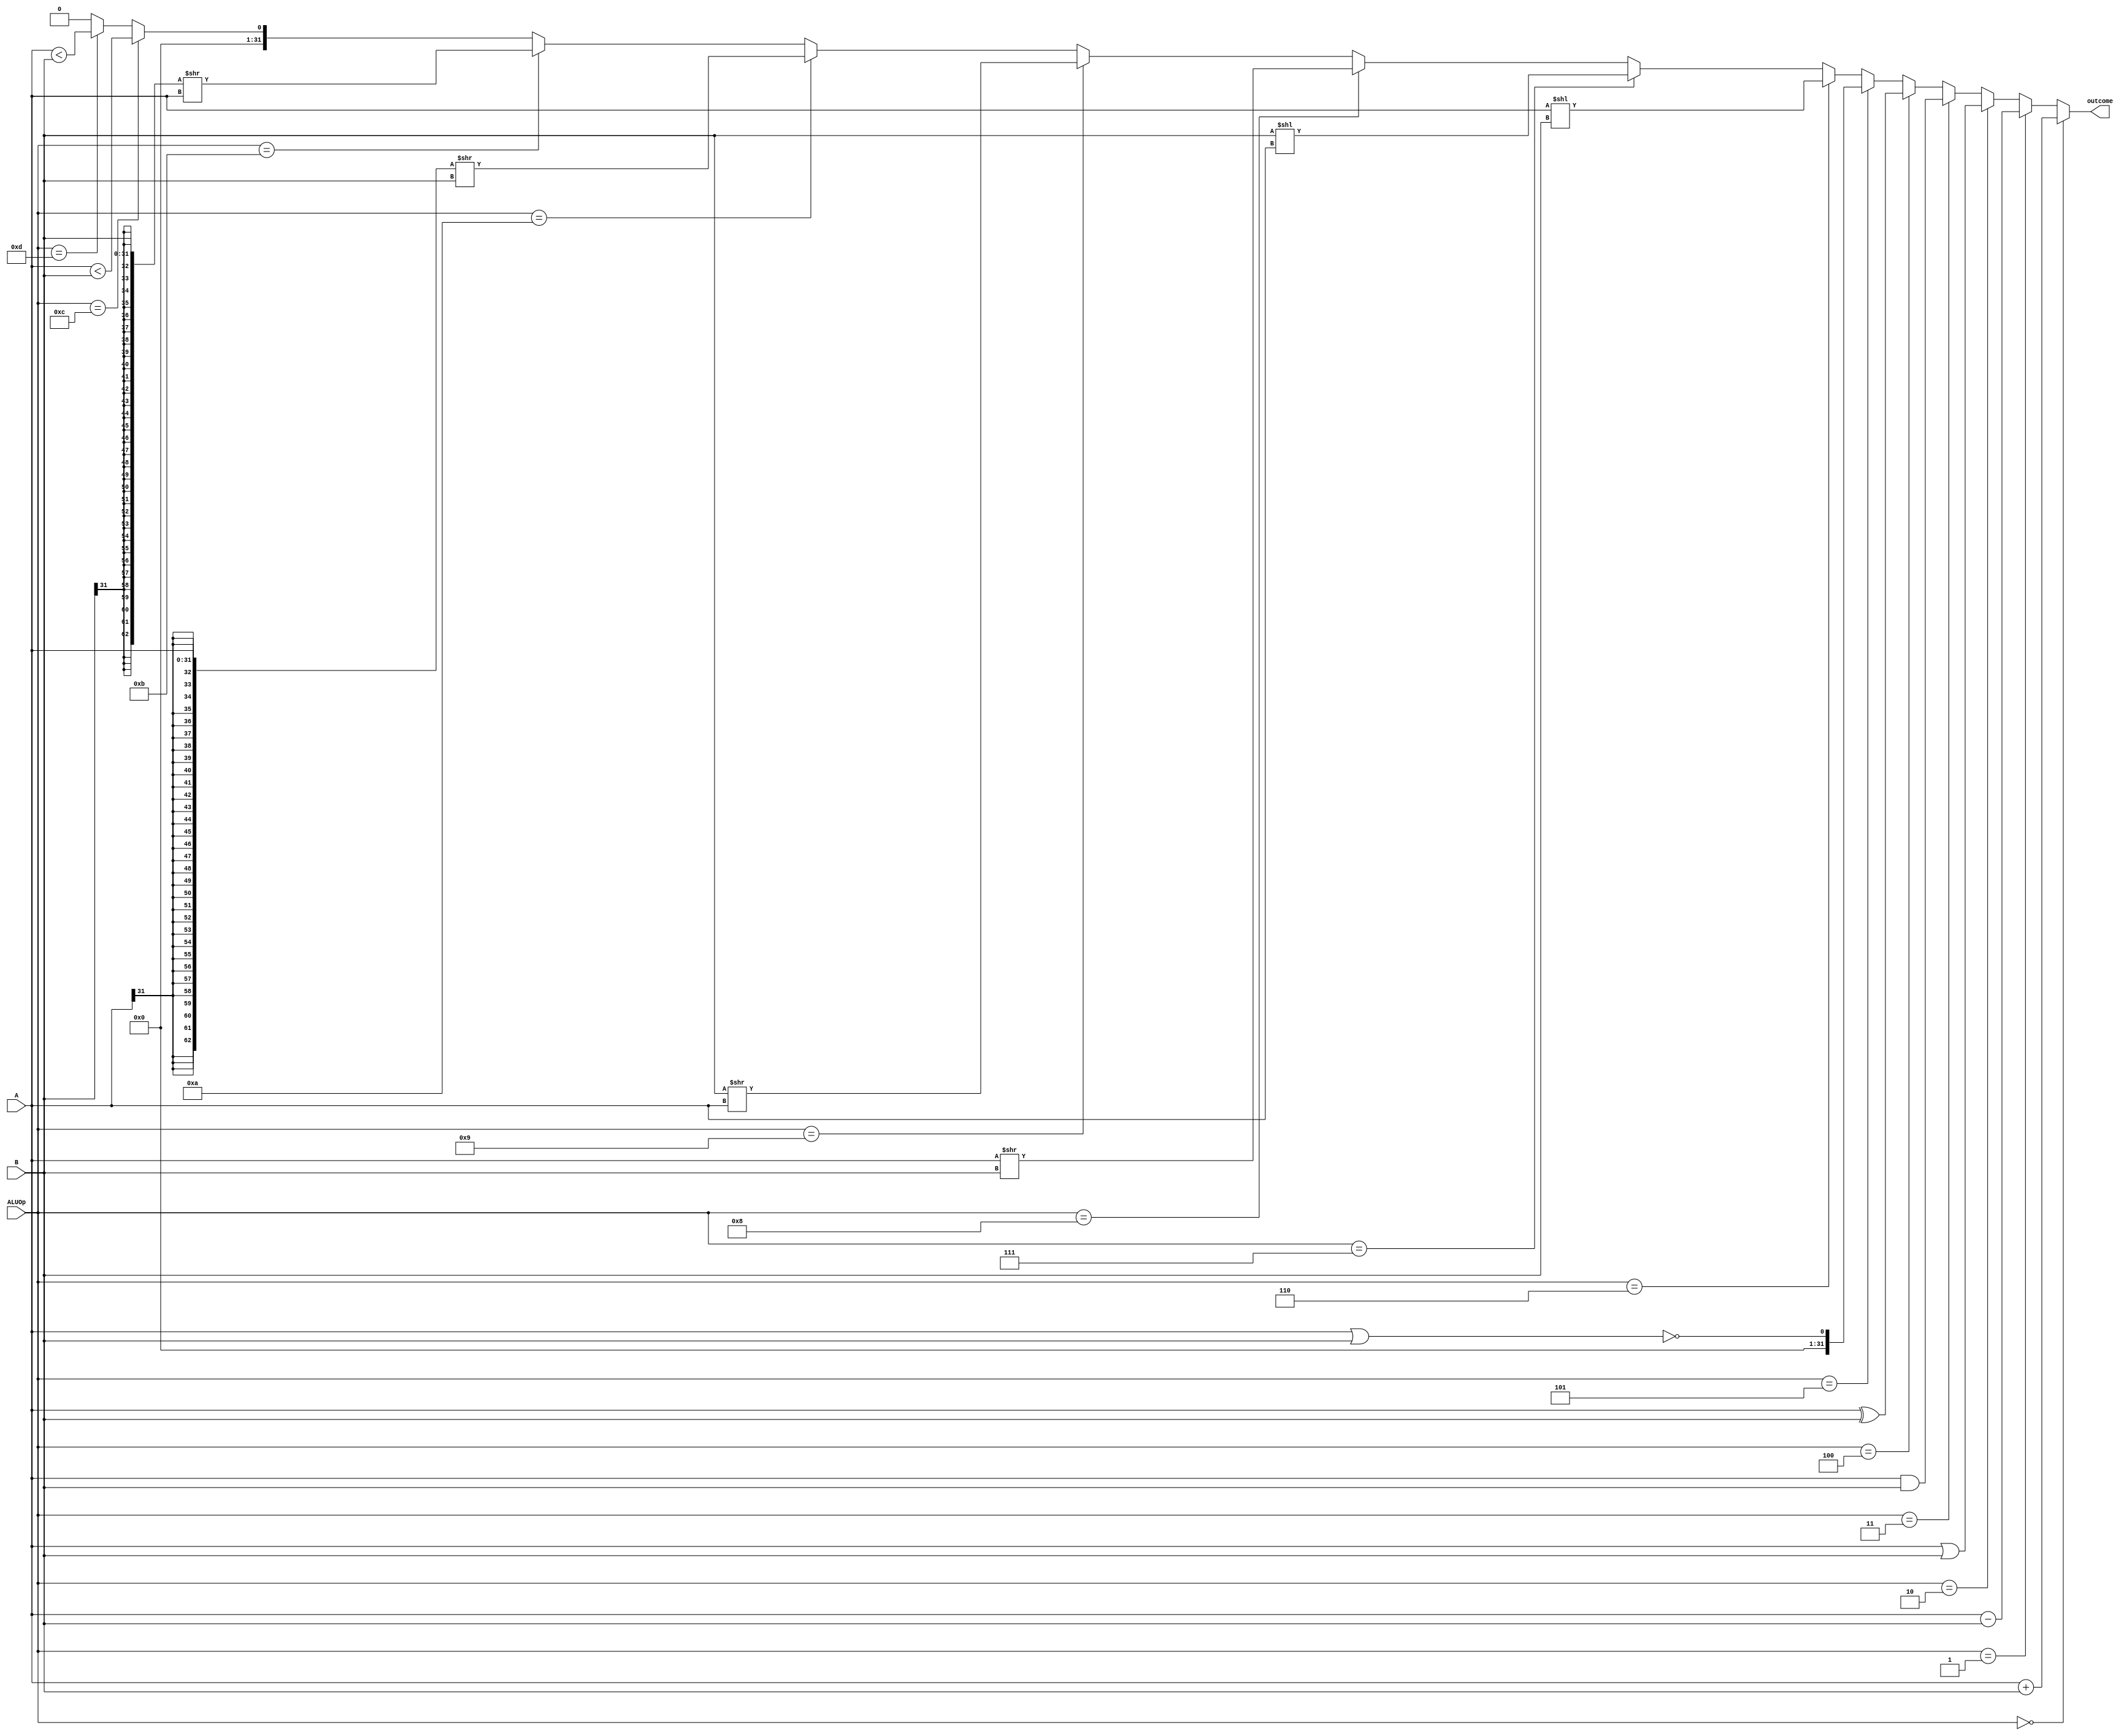
`timescale 1ns / 1ps

module alu(
	A,B,ALUOp,outcome
    );
	input signed [31:0] A;
	input signed [31:0] B;
	input [3:0] ALUOp;
	output [31:0] outcome;

	parameter ADD = 4'h0,SUB = 4'h1,OR = 4'h2,
		      AND = 4'h3,XOR = 4'h4,NOR = 4'h5,
			  SLL = 4'h6,SLLV = 4'h7,SRL = 4'h8,
			  SRLV = 4'h9,SRA = 4'ha,SRAV = 4'hb,
			  SLT = 4'hc,SLTU = 4'hd;
	assign outcome = 
	ALUOp == ADD      			? A+B:
	ALUOp == SUB      			? A-B:
	ALUOp == OR       			? A|B:
	ALUOp == AND      			? A&B:
	ALUOp == XOR      			? A^B:
	ALUOp == NOR      			? !(A|B):
	ALUOp == SLL                ? (A<<B):
	ALUOp == SLLV               ? (B<<A):
	ALUOp == SRL                ? (A>>B):
	ALUOp == SRLV               ? (B>>A):
	ALUOp == SRA                ? ({{31{A[31]}},A}>>B):
	ALUOp == SRAV               ? ({{31{B[31]}},B}>>A):
	ALUOp == SLT                ? (A<B):
	ALUOp == SLTU               ? ({1'b0,A}<{1'b0,B}):0;

endmodule